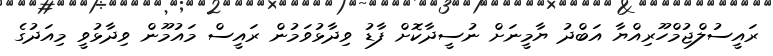
ރައީސުލްޖުމްހޫރިއްޔާ އަބްދު ޔާމީނަށް ނުސީދާކޮށް ފާޑު ވިދާޅުވަމުން ރައީސް މައުމޫން ވިދާޅުވީ މިއަދުގެ